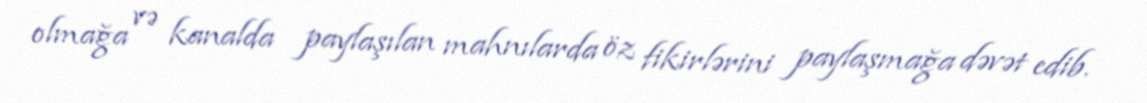
olmağa və kanalda paylaşılan mahnılarda öz fikirlərini paylaşmağa dəvət edib.